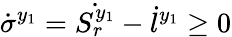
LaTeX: \dot{\sigma}^{y_{1}}=\dot{S_{r}^{y_{1}}}-\dot{l}^{y_{1}}\geq 0